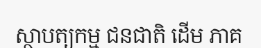
ស្ថាបត្យកម្ម ជនជាតិ ដើម ភាគ